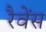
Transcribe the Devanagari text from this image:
रैवेंस